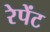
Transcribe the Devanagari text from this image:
रेपेंट